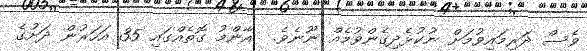
ވެސް ދަރިމައިވުމަށް ނުކުޅެދިގެންވުމެއް ނޫނެވެ.  އާންމު ގޮތެއްގައި 35 އަހަރުން ދަށުގެ